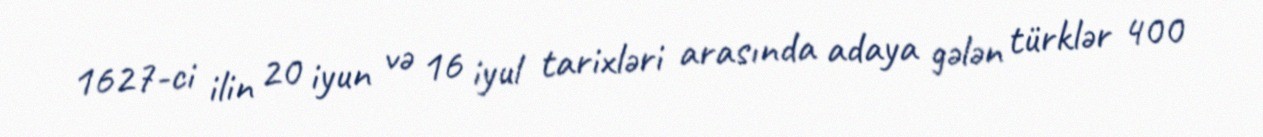
1627-ci ilin 20 iyun və 16 iyul tarixləri arasında adaya gələn türklər 400